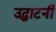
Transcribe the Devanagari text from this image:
उद्घाटनी